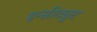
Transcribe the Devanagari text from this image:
इन्सीट्युट